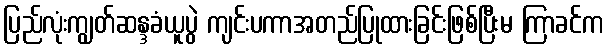
ပြည်လုံးကျွတ်ဆန္ဒခံယူပွဲ ကျင်းပကာအတည်ပြုထားခြင်းဖြစ်ပြီးမ ကြာခင်က